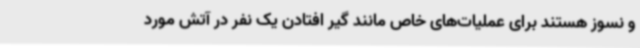
و نسوز هستند برای عملیات‌های خاص مانند گیر افتادن یک نفر در آتش مورد